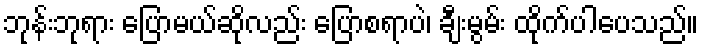
ဘုန်းဘုရား ပြောမယ်ဆိုလည်း ပြောစရာပဲ၊ ချီးမွမ်း ထိုက်ပါပေသည်။